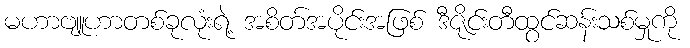
မဟာဗျူဟာတစ်ခုလုံးရဲ့ အစိတ်အပိုင်းအဖြစ် ဒီဇိုင်းတီထွင်ဆန်းသစ်မှုကို